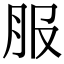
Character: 服